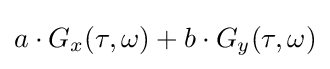
a\cdot G_{x}(\tau ,\omega )+b\cdot G_{y}(\tau ,\omega )